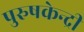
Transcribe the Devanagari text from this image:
पुरुषकेन्द्री